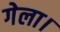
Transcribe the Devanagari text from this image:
गेला।